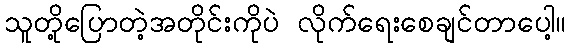
သူတို့ပြောတဲ့အတိုင်းကိုပဲ လိုက်ရေးစေချင်တာပေါ့။